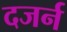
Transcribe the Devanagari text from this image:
दजर्न